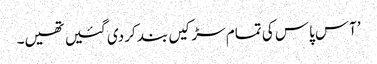
’آس پاس کی تمام سڑکیں بند کر دی گئیں تھیں۔